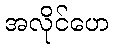
အလိုင်ဟေ